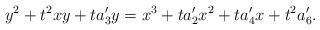
LaTeX: \begin{align*}y^2 + t^2 xy + ta_3' y = x^3 + ta_2' x^2 + ta_4'x + t^2 a_6' .\end{align*}